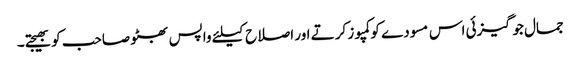
جمال جوگیزئی اس مسودے کو کمپوز کرتے اور اصلاح کیلئے واپس بھٹو صاحب کو بھیجتے۔